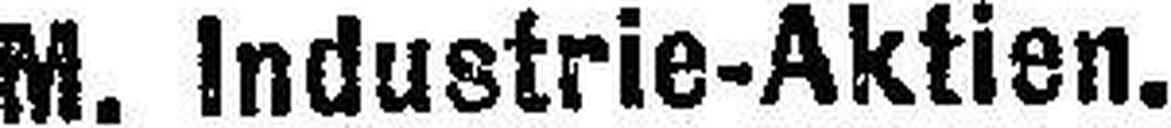
M. Industrie-Aktien.